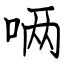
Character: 唡